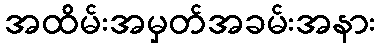
အထိမ်းအမှတ်အခမ်းအနား